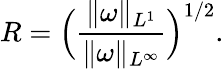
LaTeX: R=\Big(\frac{\| \omega\| _{L^{1}}}{\| \omega\| _{L^{\infty}}}\Big)^{1/2}.